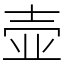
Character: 壶